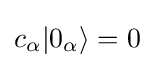
c_{\alpha }|0_{\alpha }\rangle =0